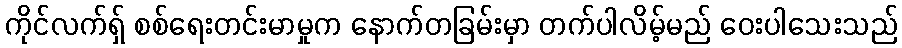
ကိုင်လက်ရှ် စစ်ရေးတင်းမာမှုက နောက်တခြမ်းမှာ တက်ပါလိမ့်မည် ဝေးပါသေးသည်